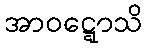
အာဝဋ္ဋောသိ